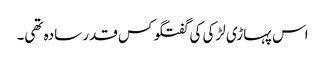
اس پہاڑی لڑکی کی گفتگو کس قدر سادہ تھی۔